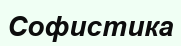
Софистика